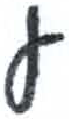
אות: ע